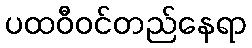
ပထဝီဝင်တည်နေရာ